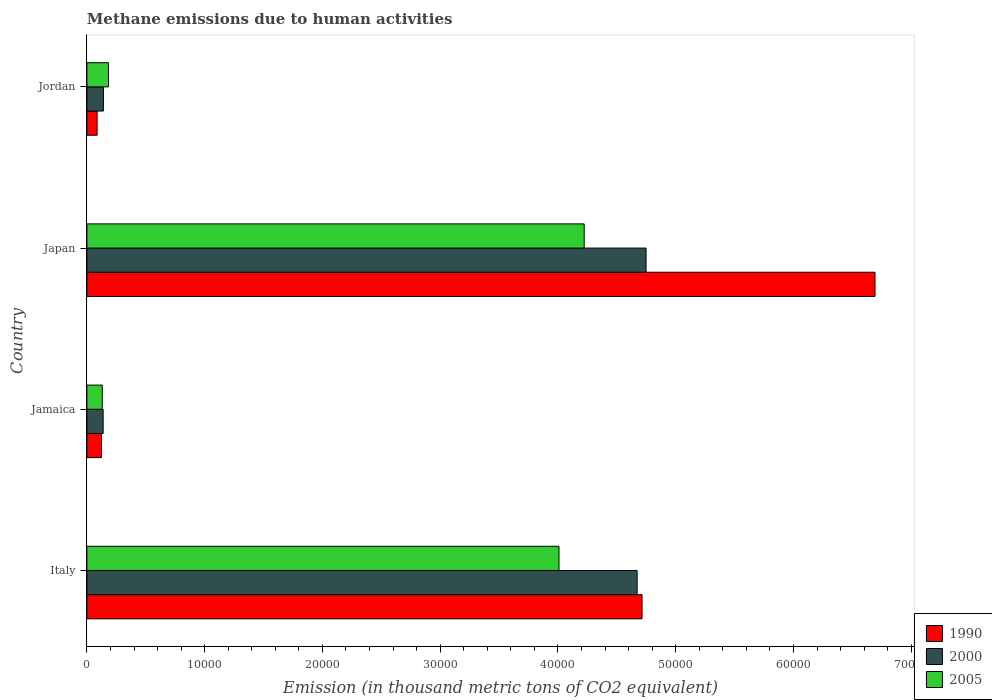
| Country | 1990 | 2000 | 2005 |
 | --- | --- | --- | --- |
 | Italy | 4.71e+04 | 4.67e+04 | 4.01e+04 |
 | Jamaica | 1.24e+03 | 1.38e+03 | 1.31e+03 |
 | Japan | 6.69e+04 | 4.75e+04 | 4.22e+04 |
 | Jordan | 867 | 1.4e+03 | 1.83e+03 |